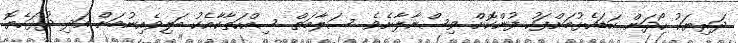
ދަރިޔަކު ހޯދަން ކަޑައެޅުމަށްފަހު ފުންކޮށް ވިސްނާލާށެވެ. ސަލާމަތް ސިއްހަތާކާއެކު ބަލިވެއިނުމަށް އަދި ދުޅަހެޔޮ